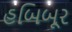
હબિબૂર